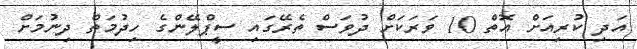
އަދި ކުރިއަށް އޮތް 10 ވަރަކަށް ދުވަސް ތެރޭގައި ސީޕްލޭންގެ ހިދުމަތް ދިނުމަށް